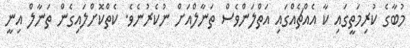
މުބާގެ ކުރިމަތީގައި ކާ އެއްޗެއްގައި އަތްލަންވެސް ތަނާލްއަށް ނުކެރުނެވެ. ކެތްކޮށްލައިގެން ތަނާލް އިނީ